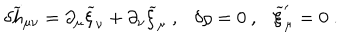
\delta { \widetilde h } _ { \mu \nu } = \partial _ { \mu } { \widetilde \xi } _ { \nu } + \partial _ { \nu } { \widetilde \xi } _ { \mu } ~ , \delta \rho = 0 ~ , { \widetilde \xi } _ { \mu } ^ { \prime } = 0 ~ .